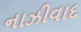
નાઝીવાદ